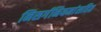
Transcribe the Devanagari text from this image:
निसर्गनियमांसहित